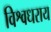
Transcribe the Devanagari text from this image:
विश्वधराय